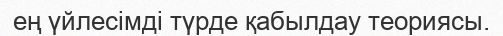
ең үйлесімді түрде қабылдау теориясы.